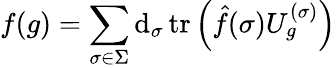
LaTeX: f(g)=\sum_{\sigma\in\Sigma}\mathrm{d}_{\sigma}\operatorname{tr}\left({\hat{{f}}}(\sigma)U_{g}^{(\sigma)}\right)